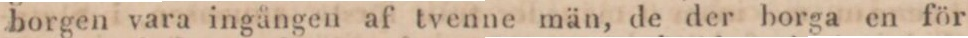
borgen vara ingången af tvenne män, de der borga en för